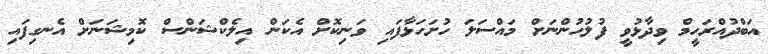
އަބްދުއްރަހީމް ވިދާޅުވީ ފުލުހުންނަށް މައްސަލަ ހުށަހަޅާފައި ވަނިކޮށް އެކަން އިލެކްޝަންސް ކޮމިޝަނަށް އެނގިފައި